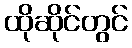
ထိုဆိုင်တွင်